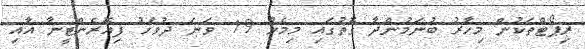
ރިޕޯޓްތަކުން މިހާރު ބުނަމުންދާ ގޮތުގައި މިމެހު 19 ވަނަ ދުވަހު ފިއޮރެންޓީނާ އާއި